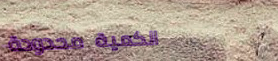
الكمية محدودة